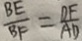
\frac { B E } { B F } = \frac { D F } { A D }